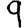
Digit: 9